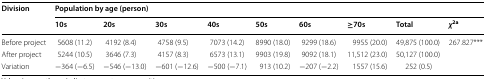
<table><thead><tr><td rowspan="2"><b>Division</b></td><td colspan="9"><b>Population by age (person)</b></td></tr><tr><td><b>10s</b></td><td><b>20s</b></td><td><b>30s</b></td><td><b>40s</b></td><td><b>50s</b></td><td><b>60s</b></td><td><b>≥70s</b></td><td><b>Total</b></td><td><b><i>χ</i><sup>2a</sup></b></td></tr></thead><tbody><tr><td>Before project</td><td>5608 (11.2)</td><td>4192 (8.4)</td><td>4758 (9.5)</td><td>7073 (14.2)</td><td>8990 (18.0)</td><td>9299 (18.6)</td><td>9955 (20.0)</td><td>49,875 (100.0)</td><td rowspan="2">267.827***</td></tr><tr><td>After project</td><td>5244 (10.5)</td><td>3646 (7.3)</td><td>4157 (8.3)</td><td>6573 (13.1)</td><td>9903 (19.8)</td><td>9092 (18.1)</td><td>11,512 (23.0)</td><td>50,127 (100.0)</td></tr><tr><td>Variation</td><td>−364 (−6.5)</td><td>−546 (−13.0)</td><td>−601 (−12.6)</td><td>−500 (−7.1)</td><td>913 (10.2)</td><td>−207 (−2.2)</td><td>1557 (15.6)</td><td>252 (0.5)</td><td></td></tr></tbody></table>